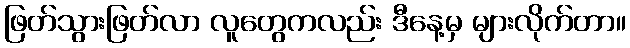
ဖြတ်သွားဖြတ်လာ လူတွေကလည်း ဒီနေ့မှ များလိုက်တာ။